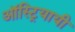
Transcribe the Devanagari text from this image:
ऑस्ट्रियायी